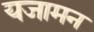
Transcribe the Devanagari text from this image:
यजामन